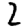
Digit: 2